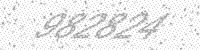
Solution: 982824